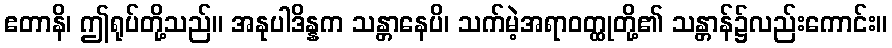
ဧတာနိ၊ ဤရုပ်တို့သည်။ အနုပါဒိန္နက သန္တာနေပိ၊ သက်မဲ့အရာဝတ္ထုတို့၏ သန္တာန်၌လည်းကောင်း။